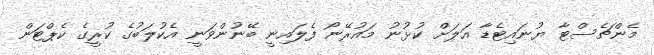
މެންޗެސްޓާ ޔުނައިޓެޑާ އަލަށް ކުޅުނު މައުރޭނޯ ފެލައިނީ ބޭނުންވަނީ އެކުލަބުގެ ކުރީގެ ކެޕްޓަން